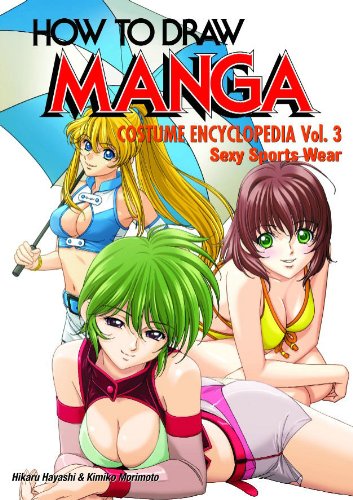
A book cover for How To Draw Manga Volume 35: Costume Encyclopedia Volume 3: Sexy Sports Wear (How to Draw Manga (Graphic-Sha Numbered)); Hikaru Hayashi; Reference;